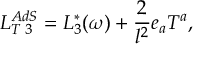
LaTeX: L _ { T \; 3 } ^ { A d S } = L _ { 3 } ^ { * } ( \omega ) + \frac { 2 } { l ^ { 2 } } e _ { a } T ^ { a } ,